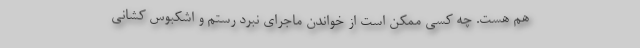
هم هست. چه کسی ممکن است از خواندن ماجرای نبرد رستم و اشکبوس کشانی